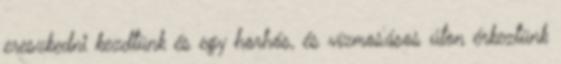
ereszkedni kezdtünk és egy horhós, és vízmosásos úton érkeztünk